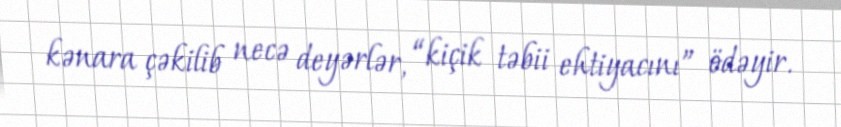
kənara çəkilib necə deyərlər, “kiçik təbii ehtiyacını” ödəyir.